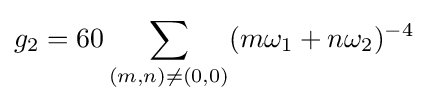
g_{2}=60\sum _{(m,n)\neq (0,0)}(m\omega _{1}+n\omega _{2})^{-4}